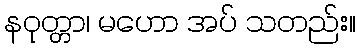
နဝုတ္တာ၊ မဟော အပ် သတည်း။